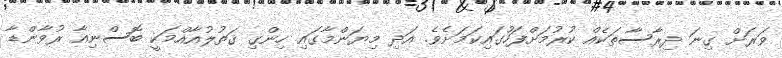
ވަރަށް ގިނަ ދިރާސާތަކެއް ކުރުމަށްފަހުގައިކަމަށެވެ. އަދި މިޔަންމާގައި ހިންގި ޤަތުލުއާއްމަކީ ބޮސްނިއާ ރުވާންޑާ